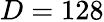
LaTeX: D=128